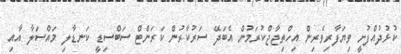
ކުޅުދުއްފުށީ ވިޔަފާރިވެރިން އިހްތިޖާޖްކުރަމުން އެބަދޭ ސަރުކާރުން ކަރަންޓް ސަބްސިޑީ ކަނޑާލި މައްސަލާ އާއި